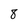
Character: 8